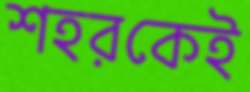
শহরকেই